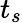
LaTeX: t_{s}